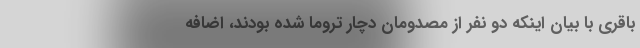
باقری با بیان اینکه دو نفر از مصدومان دچار تروما شده بودند، اضافه